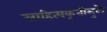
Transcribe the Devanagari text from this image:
साहित्यकृतीमुळे